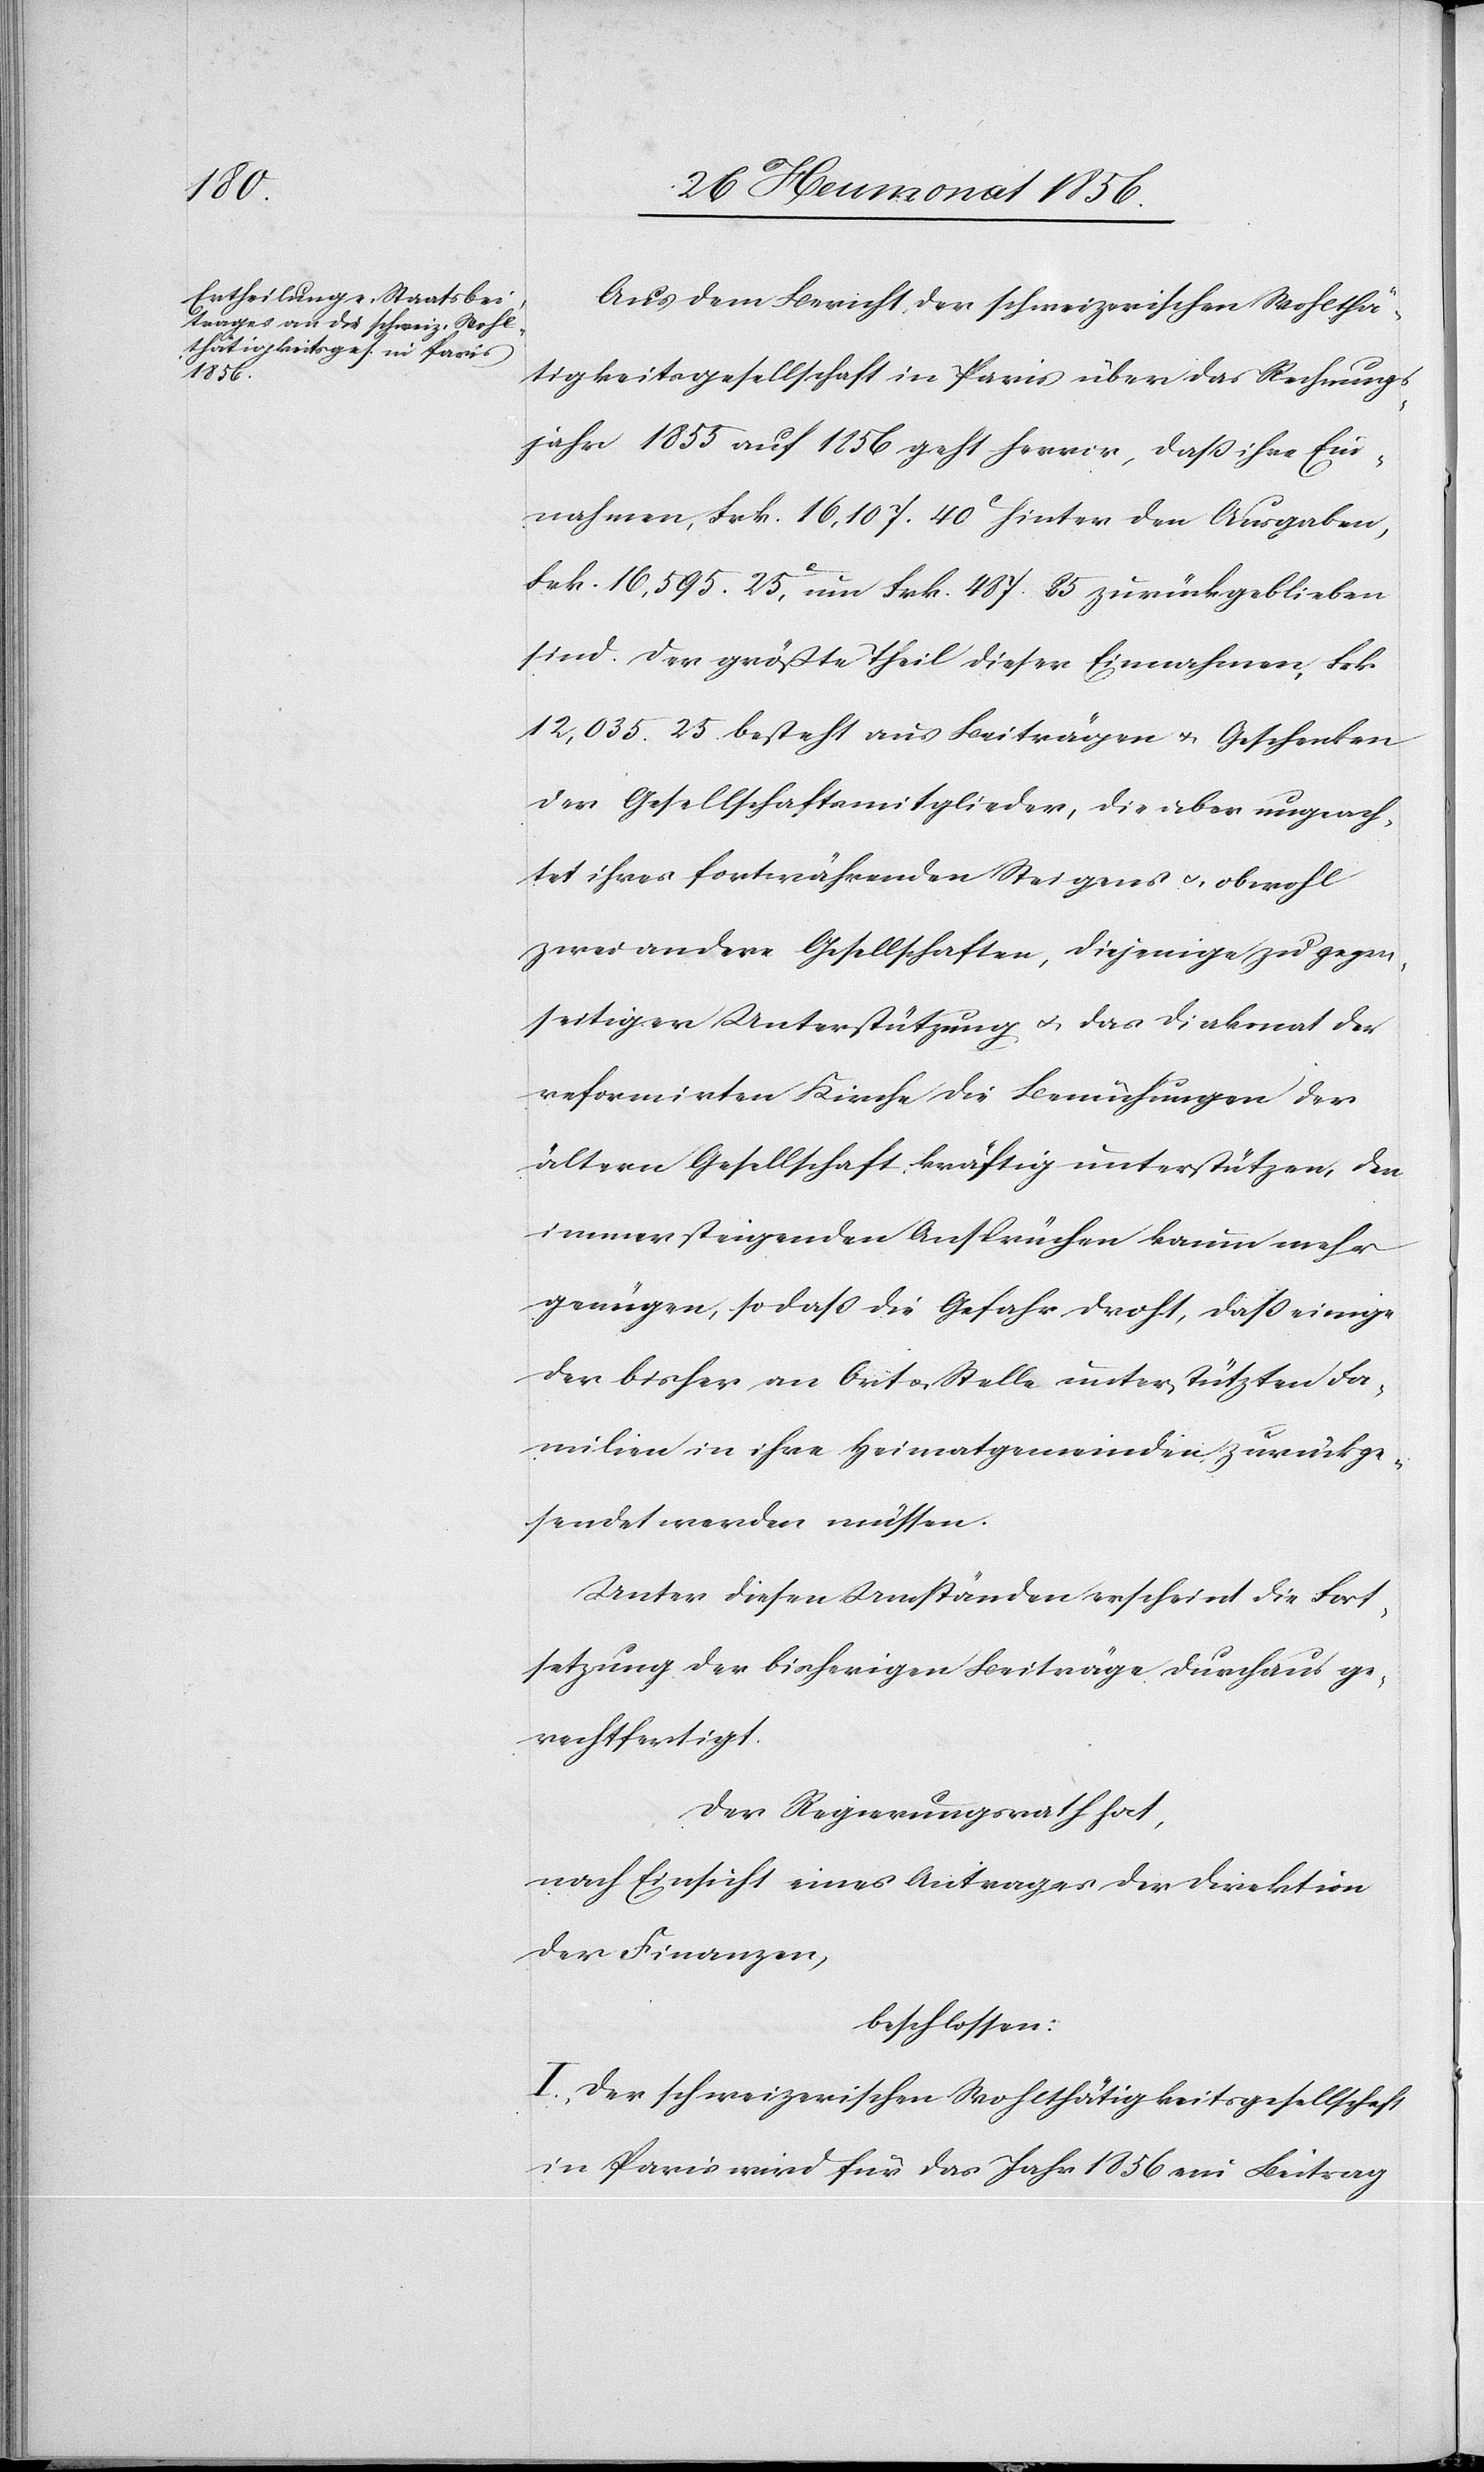
Aus dem Bericht der schweizerischen Wohlthä¬
tigkeitsgesellschaft in Paris über das Rechnungs¬
jahr 1855 auf 1856 geht hervor, dass ihre Ein¬
nahmen, Frk. 16,107. 40c hinter den Ausgaben
Frk. 16,595. 25c, um Frk. 487. 85 zurückgeblieben
sind. Der größte Theil dieser Einnahmen, Frk
12,035. 25 besteht aus Beiträgen u. Geschenken
der Gesellschaftsmitglieder, die aber ungeach¬
tet ihres fortwährenden Steigens u. obwohl
zwei andere Gesellschaften, diejenige zu gegen¬
seitiger Unterstützung u. das Diakonat der
reformierten Kirche die Bemühungen der
ältern Gesellschaft kräftig unterstützen, den
immer steigenden Ansprüchen kaum mehr
genügen, so dass die Gefahr droht, dass einige
der bisher an Ort u. Stelle unterstützten Fa¬
milien in ihre Heimatgemeinden zurückge¬
sendet werden müssen.
Unter diesen Umständen erscheint die Fort¬
setzung der bisherigen Beiträge durchaus ge¬
rechtfertigt.
Der Regierungsrath hat,
nach Einsicht eines Antrages der Direktion
der Finanzen,
beschlossen:
I.) Der schweizerischen Wohlthätigkeitsgesellschaft
in Paris wird für das Jahr 1856 ein Beitrag